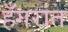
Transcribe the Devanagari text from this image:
हँगरांत